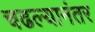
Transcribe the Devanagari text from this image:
चढल्यानंतर